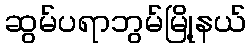
ဆွမ်ပရာဘွမ်မြို့နယ်